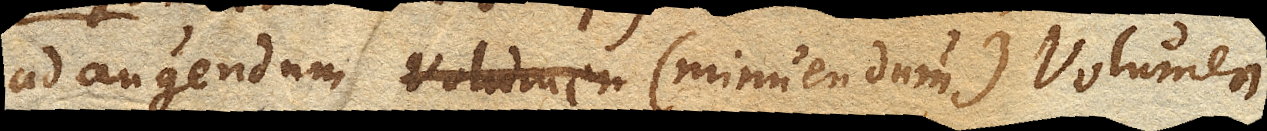
ad augendum (minuendum) Volumen.